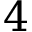
4